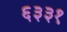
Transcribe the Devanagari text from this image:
६३३१